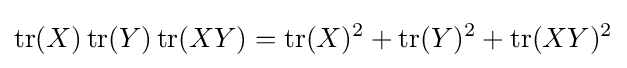
\operatorname {tr} (X)\operatorname {tr} (Y)\operatorname {tr} (XY)=\operatorname {tr} (X)^{2}+\operatorname {tr} (Y)^{2}+\operatorname {tr} (XY)^{2}